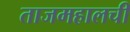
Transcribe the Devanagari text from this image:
ताजमहालची